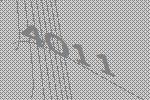
4011